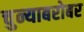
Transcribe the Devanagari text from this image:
चुन्याबरोबर